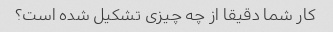
کار شما دقیقا از چه چیزی تشکیل شده است؟